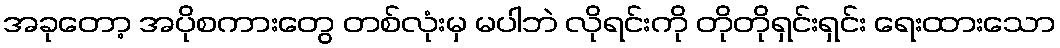
အခုတော့ အပိုစကားတွေ တစ်လုံးမှ မပါဘဲ လိုရင်းကို တိုတိုရှင်းရှင်း ရေးထားသော